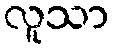
လူသာ